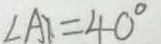
\angle A = 4 0 ^ { \circ }